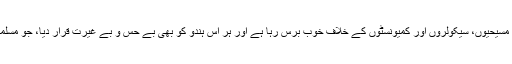
اس کے ساتھ ساتھ وہ مسیحیوں، سیکولروں اور کمیونسٹوں کے خلاف خوب برس رہا ہے اور ہر اس ہندو کو بھی بے حس و بے غیرت قرار دیا، جو مسلمانوں کا ساتھ دیتا ہے۔